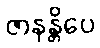
ဇာနန္တိပေ